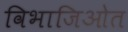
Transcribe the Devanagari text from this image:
विभाजिओत